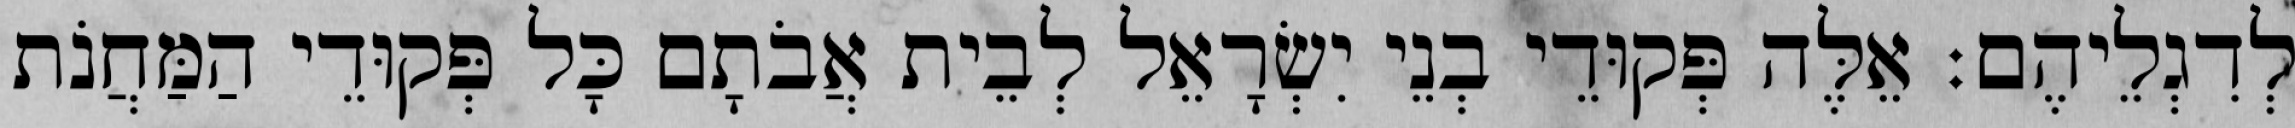
לְדִגְלֵיהֶם׃ אֵלֶּה פְּקוּדֵי בְנֵי יִשְׂרָאֵל לְבֵית אֲבֹתָם כָּל פְּקוּדֵי הַמַּחֲנֹת